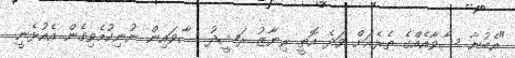
"އެބުނާ ސާވާއެއްގެ ތެރެއަށް ވަދެ އޮތީ ރިޔާޒު ރަޝީދު ސާވައިން ނުނިކުމެވިގެން އެއުޅެނީ